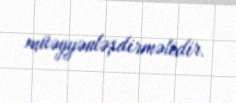
müəyyənləşdirməlidir.